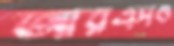
আরএসও